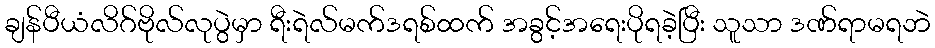
ချန်ပီယံလိဂ်ဗိုလ်လုပွဲမှာ ရီးရဲလ်မက်ဒရစ်ထက် အခွင့်အရေးပိုရခဲ့ပြီး သူသာ ဒဏ်ရာမရဘဲ